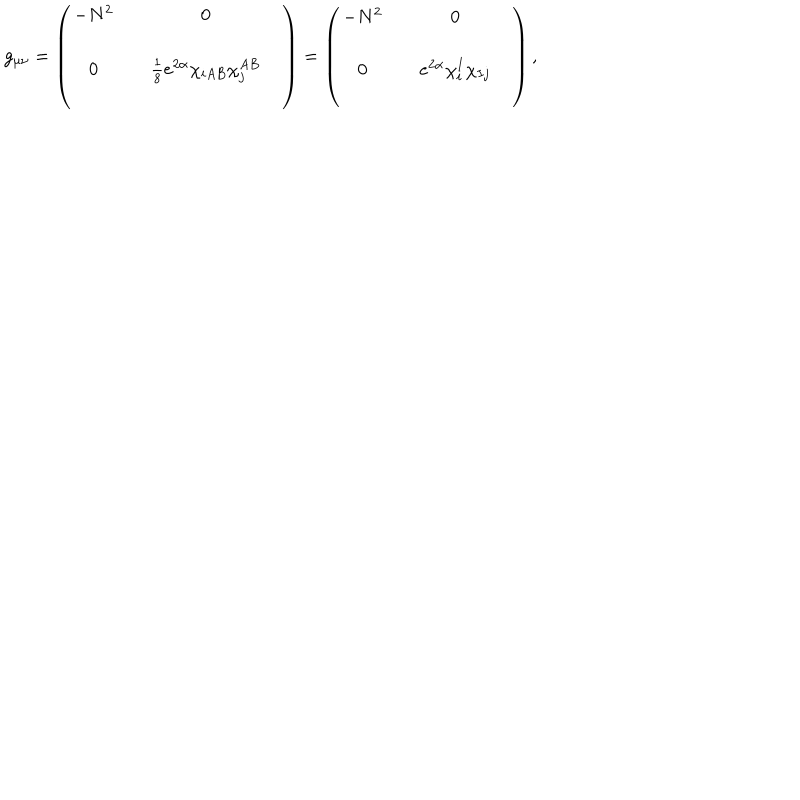
LaTeX: g _ { \mu \nu } = \left( \begin{array} { c c c c } { { - N ^ { 2 } } } & { { } } & { { 0 } } & { { } } \\ { { } } & { { } } & { { } } & { { } } \\ { { 0 } } & { { } } & { { \frac { 1 } { 8 } e ^ { 2 \alpha } \chi _ { i A B } \chi _ { j } ^ { A B } } } & { { } } \\ { { } } & { { } } & { { } } & { { } } \\ \end{array} \right) = \left( \begin{array} { c c c c } { { - N ^ { 2 } } } & { { } } & { { 0 } } & { { } } \\ { { } } & { { } } & { { } } & { { } } \\ { { 0 } } & { { } } & { { e ^ { 2 \alpha } \chi _ { i } ^ { I } \chi _ { I j } } } & { { } } \\ { { } } & { { } } & { { } } & { { } } \\ \end{array} \right) ,